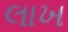
લાખ